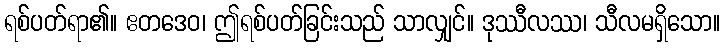
ရစ်ပတ်ရာ၏။ ဧတဒေဝ၊ ဤရစ်ပတ်ခြင်းသည် သာလျှင်။ ဒုဿီလဿ၊ သီလမရှိသော။